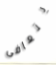
يتعافى